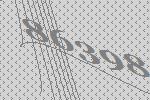
86398